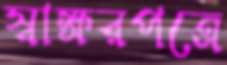
স্বাক্ষরপত্রে